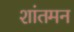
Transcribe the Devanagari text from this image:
शांतमन